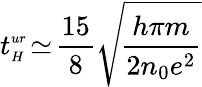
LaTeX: t_{{\scriptscriptstyle H}}^{{\scriptscriptstyle ur}}\! \simeq\! \frac{15}{8}\sqrt{\! \frac{h\pi m}{2n_{0}e^{2}}}